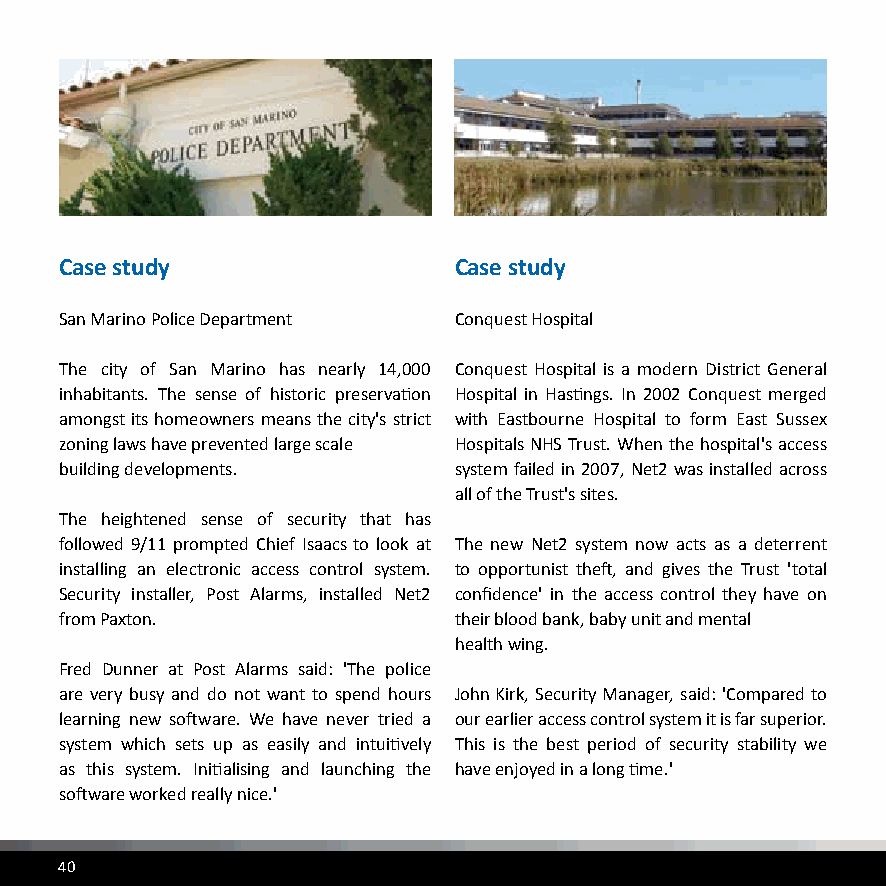
Case study                Case study
 San Marino Police Department Conquest Hospital
 The city of San Marino has nearly 14,000 Conquest Hospital is a modern District General
 inhabitants. The sense of historic preservation Hospital in Hastings. In 2002 Conquest merged
 amongst its homeowners means the city's strict with Eastbourne Hospital to form East Sussex
 zoning laws have prevented large scale Hospitals NHS Trust. When the hospital's access
 building developments.    system failed in 2007, Net2 was installed across
 all of the Trust's sites.
 The heightened sense of security that has
 followed 9/11 prompted Chief Isaacs to look at The new Net2 system now acts as a deterrent
 installing an electronic access control system. to opportunist theft, and gives the Trust 'total
 Security installer, Post Alarms, installed Net2 confidence' in the access control they have on
 from Paxton.              their blood bank, baby unit and mental
 health wing.
 Fred Dunner at Post Alarms said: 'The police
 are very busy and do not want to spend hours John Kirk, Security Manager, said: 'Compared to
 learning new software. We have never tried a our earlier access control system it is far superior.
 system which sets up as easily and intuitively This is the best period of security stability we
 as this system. Initialising and launching the have enjoyed in a long time.'
 software worked really nice.'
 40                                                                                                          41